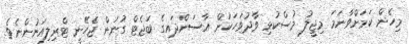
މިހެން ކަމަށްވާނަމަ މިޖީލު މުސްކުޅި ވާދުވަހަކުން އާސަންދައިގެ ބަޖެޓް ގުނަން ޖެހޭނީ ޓްރިލިއަނުންނެވެ.